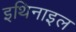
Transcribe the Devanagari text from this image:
इथिनाइल